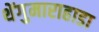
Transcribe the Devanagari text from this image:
थेंगुमाराहाडा